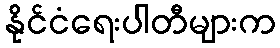
နိုင်ငံရေးပါတီများက